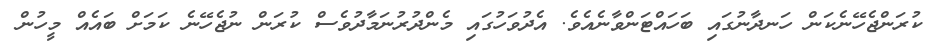
ކުރަންޖެހޭނެކަން ހަނދާނުގައި ބަހައްޓަންވާނެއެވެ. އެދުވަހުގައި މެންދުރުނަމާދުވެސް ކުރަން ނުޖެހޭނެ ކަމަށް ބައެއް މީހުން